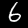
Label: 6